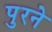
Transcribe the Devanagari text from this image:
पुरने